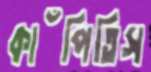
কাঁপিতিস